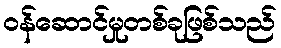
ဝန်ဆောင်မှုတစ်ခုဖြစ်သည်